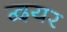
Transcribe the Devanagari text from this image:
द्वयर